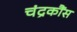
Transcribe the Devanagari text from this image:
चंद्रकौंस